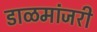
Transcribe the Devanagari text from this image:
डाळमांजरी